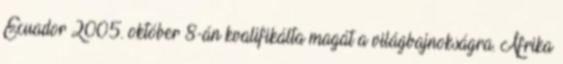
Ecuador 2005. október 8-án kvalifikálta magát a világbajnokságra. Afrika